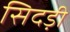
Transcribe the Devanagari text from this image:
सिदड़ी